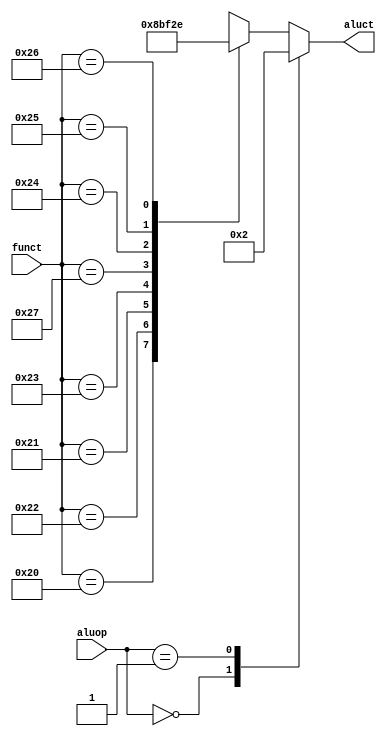
`timescale 1ns / 1ps
//////////////////////////////////////////////////////////////////////////////////
// Company: 
// Engineer: 
// 
// Design Name: 
// Module Name: ALUdec
// Project Name: 
// Target Devices: 
// Tool Versions: 
// Description: 
// 
// Dependencies: 
// 
// Revision:
// Revision 0.01 - File Created
// Additional Comments:
// 
//////////////////////////////////////////////////////////////////////////////////


module ALUdec(input [5:0] funct,input [1:0] aluop,output reg [2:0] aluct);
	always @(*)
	case(aluop)
		2'b00:aluct <= 3'b000 ; //add
		2'b01:aluct <= 3'b010; //sub
		default:case(funct)
			6'b100000:aluct <= 3'b000 ; // add
			6'b100010:aluct <= 3'b010 ; // sub
			6'b100001:aluct <= 3'b001 ; // mul
			6'b100011:aluct <= 3'b011 ; // div
			6'b100111:aluct <= 3'b111 ; // slt
			6'b100100:aluct <= 3'b100 ; // and
			6'b100101:aluct <= 3'b101 ; // or
			6'b100110:aluct <= 3'b110; // xor
			default:aluct <= 3'bxxx;
		endcase
	endcase
endmodule